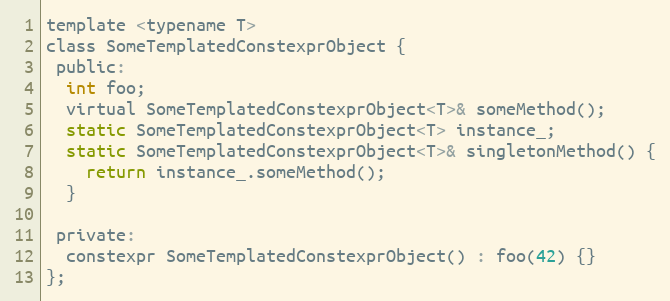
Language: C
template <typename T>
class SomeTemplatedConstexprObject {
 public:
  int foo;
  virtual SomeTemplatedConstexprObject<T>& someMethod();
  static SomeTemplatedConstexprObject<T> instance_;
  static SomeTemplatedConstexprObject<T>& singletonMethod() {
    return instance_.someMethod();
  }

 private:
  constexpr SomeTemplatedConstexprObject() : foo(42) {}
};